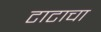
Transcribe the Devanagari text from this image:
टाटाचा